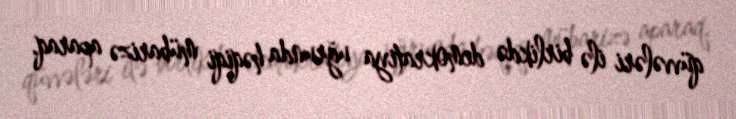
qüvvələri ilə birlikdə demokratiya uğrunda həqiqi mübarizə aparaq.